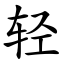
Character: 轻